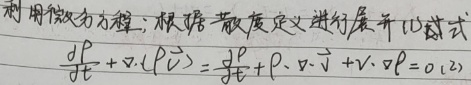
利用微分方程，根据散度定义进行展开化简式：
\[
\frac{\mathrm{d}\rho }{\mathrm{d}t}+\nabla\cdot(\rho\vec{v})=\frac{\mathrm{d}\rho }{\mathrm{d}t}+\rho\cdot\nabla\cdot\vec{v}+\vec{v}\cdot\nabla\rho = 0_{(2)}
\]